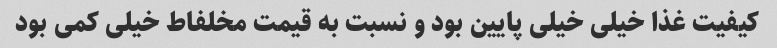
کیفیت غذا خیلی خیلی پایین بود و نسبت به قیمت مخلفاط خیلی کمی بود